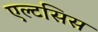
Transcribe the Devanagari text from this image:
एल्टसिस